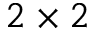
2 \times 2